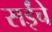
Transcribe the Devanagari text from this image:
सईंचे